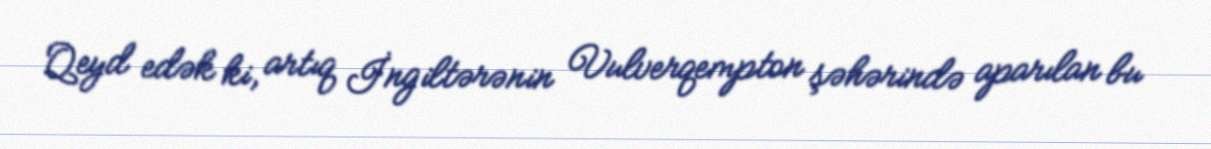
Qeyd edək ki, artıq İngiltərənin Vulverqempton şəhərində aparılan bu